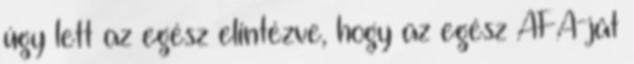
úgy lett az egész elintézve, hogy az egész ÁFÁ-ját